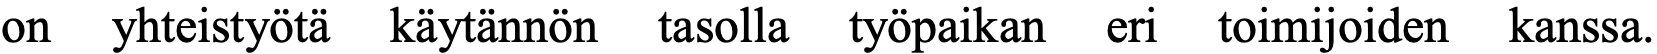
on yhteistyötä käytännön tasolla työpaikan eri toimijoiden kanssa.